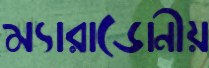
ম্যারাডোনীয়